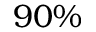
9 0 \%